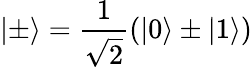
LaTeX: \lvert\pm\rangle=\frac{1}{\sqrt{2}}(\lvert 0\rangle\pm\lvert 1\rangle)